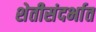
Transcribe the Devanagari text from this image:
शेतीसंदर्भात